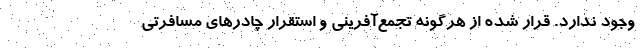
وجود ندارد. قرار شده از هرگونه تجمع‌آفرینی و استقرار چادرهای مسافرتی